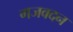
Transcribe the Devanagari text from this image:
गजवदन